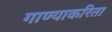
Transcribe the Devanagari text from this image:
गाण्याकरिता